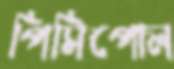
পিসিপোল